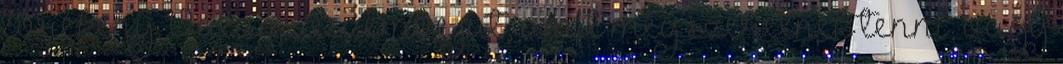
törékeny. Valami eszembe jut, amit meg szeretnék tenni, vagy